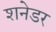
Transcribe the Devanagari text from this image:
शनेडर